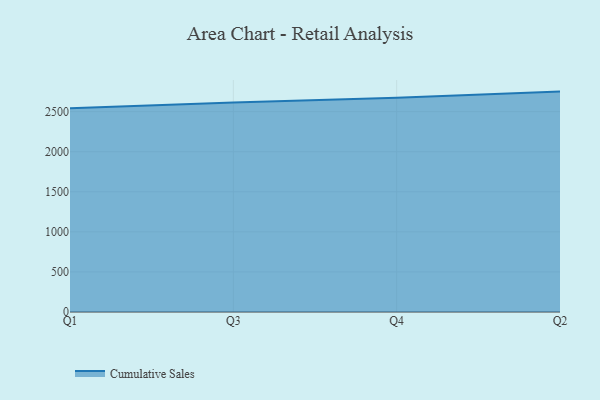
{"axis": {"x": "Quarter", "y": "Net Income (USD K)"}, "legend": ["Cumulative Sales"], "data": [{"x": "Q1", "y": 2542.9, "type": "Cumulative Sales"}, {"x": "Q3", "y": 2615.0, "type": "Cumulative Sales"}, {"x": "Q4", "y": 2673.7, "type": "Cumulative Sales"}, {"x": "Q2", "y": 2750.4, "type": "Cumulative Sales"}]}